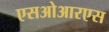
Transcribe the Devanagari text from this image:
एसओआरएस